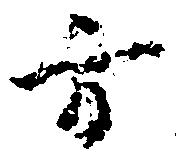
方